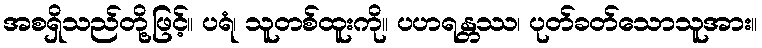
အစရှိသည်တို့ဖြင့်။ ပရံ၊ သူတစ်ထူးကို။ ပဟရန္တဿ၊ ပုတ်ခတ်သောသူအား။